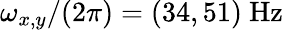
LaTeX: \omega_{x,y}/(2\pi)=(34,51)\ \mathrm{Hz}